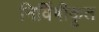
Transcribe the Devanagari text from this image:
निर्विषीकृत